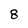
Character: 8